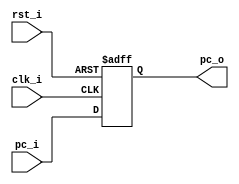
module PC
(
    clk_i,
    rst_i,
    pc_i,
    pc_o
);

// Ports
input               clk_i;
input               rst_i;
input   [31:0]      pc_i;
output  [31:0]      pc_o;

// Wires & Registers
reg     [31:0]      pc_o;

// When rst_i is 0, the reset is activated: reset to 0
// On the contrary, when rst_i is 1, the reset is deactivated: not reset, simply update
always@(posedge clk_i or negedge rst_i) begin /* 
If I simply define clk_i or rst_i, then the hardware will think it should do the block whenever clk_i change from 0 to 1 or 1 to 0
 */
    if(~rst_i) begin
        pc_o <= 32'b0;
    end
    else begin
        pc_o <= pc_i;
    end
end

endmodule